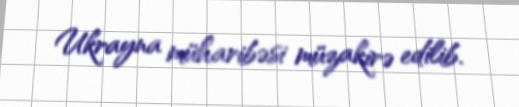
Ukrayna müharibəsi müzakirə edilib.